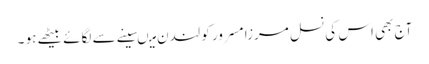
آج بھی اس کی نسل مرزا مسرور کو لندن میںسینے سے لگائے بیٹھے ہو ۔